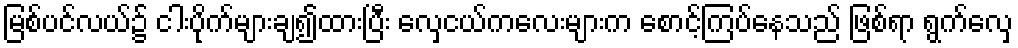
မြစ်ပင်လယ်၌ ငါးပိုက်များချ၍ထားပြီး လှေငယ်ကလေးများက စောင့်ကြပ်နေသည် ဖြစ်ရာ ရွက်လှေ